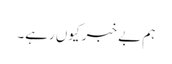
ہم بے خبر کیوں رہے۔